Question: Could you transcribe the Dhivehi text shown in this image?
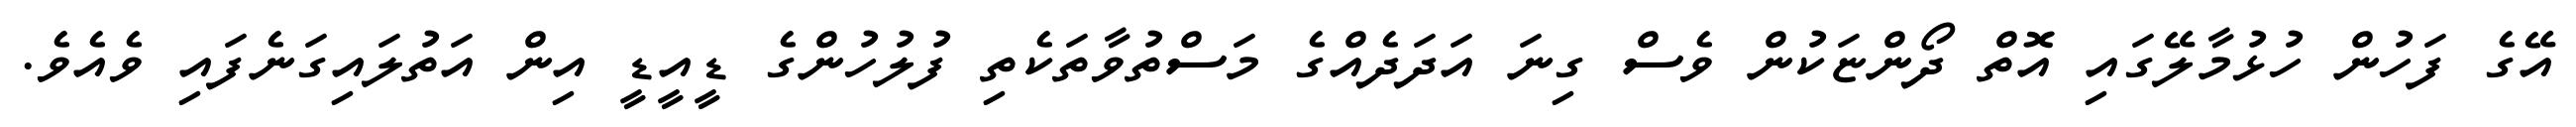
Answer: އޭގެ ފަހުން ހުޅުމާލޭގައި އޮތް ދޯންޏަކުން ވެސް ގިނަ އަދަދެއްގެ މަސްތުވާތަކެތި ފުލުހުންގެ ޑީއީޑީ އިން އަތުލައިގަނެފައި ވެއެވެ.